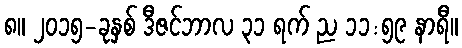
၈။ ၂၀၁၅-ခုနှစ် ဒီဇင်ဘာလ ၃၁ ရက် ည ၁၁:၅၉ နာရီ။